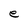
Character: e